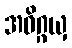
အဓိဂ္ဂယှ